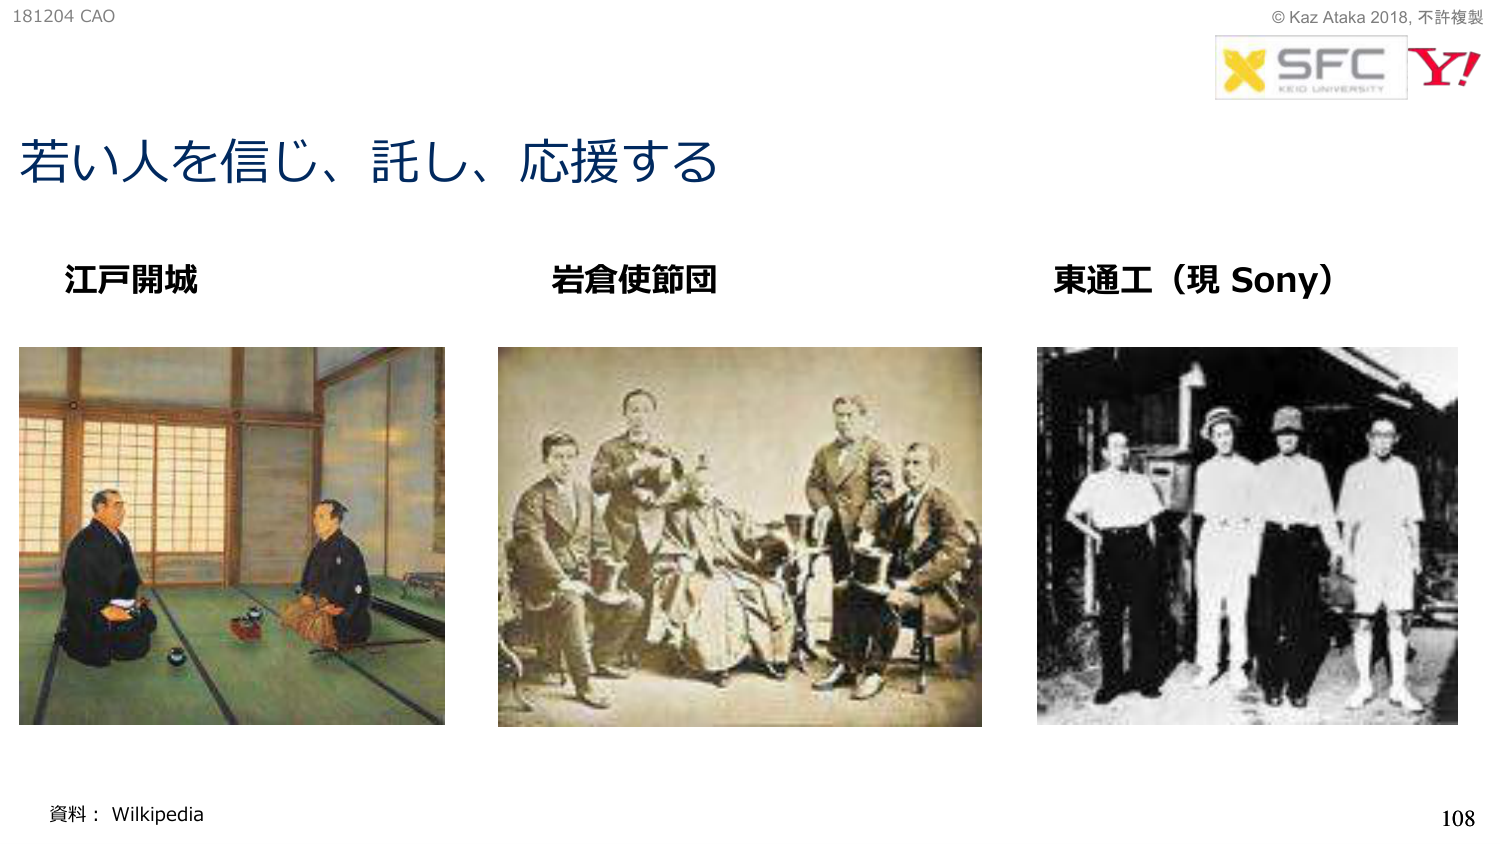
181204 CAO
© Kaz Ataka 2018, 不許複製
X SFC
KEIO UNIVERSITY
Y!
若い人を信じ、託し、応援する
江戸開城
岩倉使節団
東通工（現 Sony）
資料：Wikipedia
108